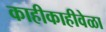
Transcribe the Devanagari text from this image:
काहीकाहीवेळा